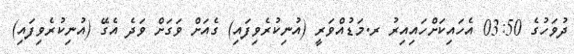
ދުވަހުގެ 03:50 އެހައިކަށްހައިއިރު ރ.މަޑުއްވަރީ (އުނިކުރެވިފައި) ގެއަށް ވަގަށް ވަދެ އެގޭ (އުނިކުރެވިފައި)